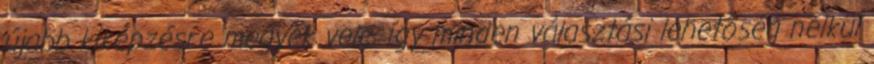
újabb kiképzésre megyek vele, így minden választási lehetõség nélkül